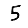
Digit: 5